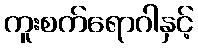
ကူးစက်ရောဂါနှင့်